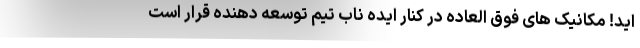
اید! مکانیک های فوق العاده در کنار ایده ناب تیم توسعه دهنده قرار است